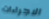
الاجراءات